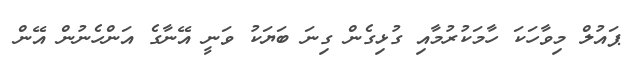
ޕައުލް މިވާހަކަ ހާމަކުރުމާއި ގުޅިގެން ގިނަ ބަޔަކު ވަނީ އޭނާގެ އަންހެނުން އޭން